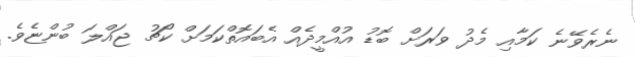
ނެރެވޭނެ ކަމާއި މެދު ވަރަށް ބޮޑު އުއްމީދެއް އެބައޮތްކަމަށް ކޯޗު ޖައްލަ ބުންޏެވެ.